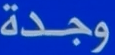
وجدة